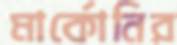
মার্কোনির